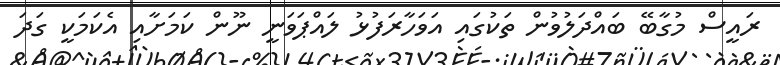
ރައީސް މުގާބޭ ބައްދަލުވުން ތަކުގައި އަވަހާރަފުޅު ލައްޕަވަނީ ނޫން ކަމަށާއި އެކަމަކީ ގަދަ